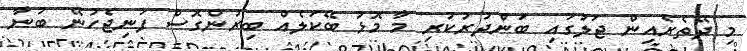
މި ދޭތެރެއިން ޖަލުގައި ބަންދުރުކުރި މާ މޮޅު ބޭކަލެއް ބިރުންގޮސް ފަނިޖެހުނޭ ބުނާ